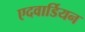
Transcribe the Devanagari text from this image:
एदवार्डियन